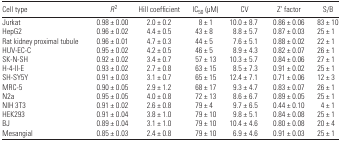
<table><thead><tr><td><b>Cell type</b></td><td><b><i>R</i><sup>2</sup></b></td><td><b>Hill coefficient</b></td><td><b>IC<sub>50</sub> (μM)</b></td><td><b>CV</b></td><td><b>Z’ factor</b></td><td><b>S/B</b></td></tr></thead><tbody><tr><td>Jurkat</td><td>0.98 ± 0.00</td><td>2.0 ± 0.2</td><td>8 ± 1</td><td>10.0 ± 8.7</td><td>0.86 ± 0.06</td><td>83 ± 10</td></tr><tr><td>HepG2</td><td>0.96 ± 0.02</td><td>4.4 ± 0.5</td><td>43 ± 8</td><td>8.8 ± 5.7</td><td>0.87 ± 0.03</td><td>25 ± 1</td></tr><tr><td>Rat kidney proximal tubule</td><td>0.96 ± 0.01</td><td>4.7 ± 0.3</td><td>44 ± 5</td><td>7.6 ± 5.1</td><td>0.88 ± 0.02</td><td>22 ± 1</td></tr><tr><td>HUV-EC-C</td><td>0.95 ± 0.02</td><td>4.2 ± 0.5</td><td>46 ± 5</td><td>8.9 ± 4.3</td><td>0.82 ± 0.07</td><td>26 ± 1</td></tr><tr><td>SK-N-SH</td><td>0.92 ± 0.02</td><td>3.4 ± 0.7</td><td>57 ± 13</td><td>10.3 ± 5.7</td><td>0.84 ± 0.06</td><td>27 ± 1</td></tr><tr><td>H-4-II-E</td><td>0.93 ± 0.02</td><td>2.7 ± 0.8</td><td>63 ± 15</td><td>8.5 ± 7.3</td><td>0.91 ± 0.02</td><td>25 ± 1</td></tr><tr><td>SH-SY5Y</td><td>0.91 ± 0.03</td><td>3.1 ± 0.7</td><td>65 ± 15</td><td>12.4 ± 7.1</td><td>0.71 ± 0.06</td><td>12 ± 3</td></tr><tr><td>MRC-5</td><td>0.90 ± 0.05</td><td>2.9 ± 1.2</td><td>68 ± 17</td><td>9.3 ± 4.7</td><td>0.83 ± 0.07</td><td>26 ± 1</td></tr><tr><td>N2a</td><td>0.95 ± 0.05</td><td>4.0 ± 0.8</td><td>72 ± 13</td><td>8.6 ± 6.7</td><td>0.89 ± 0.05</td><td>25 ± 1</td></tr><tr><td>NIH 3T3</td><td>0.91 ± 0.02</td><td>2.6 ± 0.8</td><td>79 ± 4</td><td>9.7 ± 6.5</td><td>0.44 ± 0.10</td><td>4 ± 1</td></tr><tr><td>HEK293</td><td>0.91 ± 0.04</td><td>3.8 ± 1.0</td><td>79 ± 10</td><td>9.8 ± 5.1</td><td>0.84 ± 0.08</td><td>25 ± 1</td></tr><tr><td>BJ</td><td>0.89 ± 0.04</td><td>3.1 ± 1.0</td><td>79 ± 10</td><td>10.4 ± 4.6</td><td>0.80 ± 0.08</td><td>20 ± 4</td></tr><tr><td>Mesangial</td><td>0.85 ± 0.03</td><td>2.4 ± 0.8</td><td>79 ± 10</td><td>6.9 ± 4.6</td><td>0.91 ± 0.03</td><td>25 ± 1</td></tr></tbody></table>